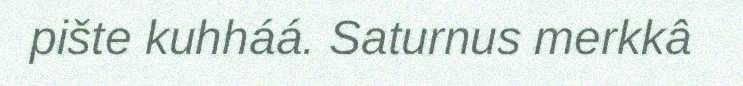
pište kuhháá. Saturnus merkkâ